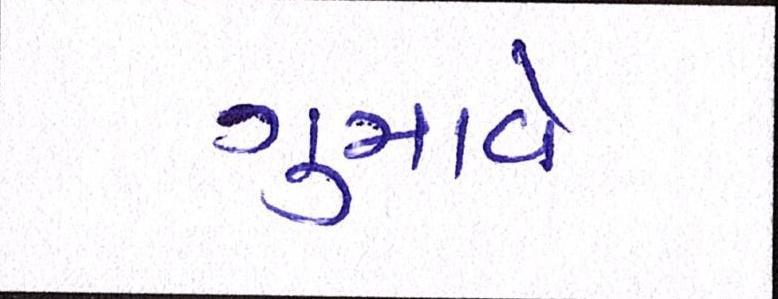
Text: ગુમાવે